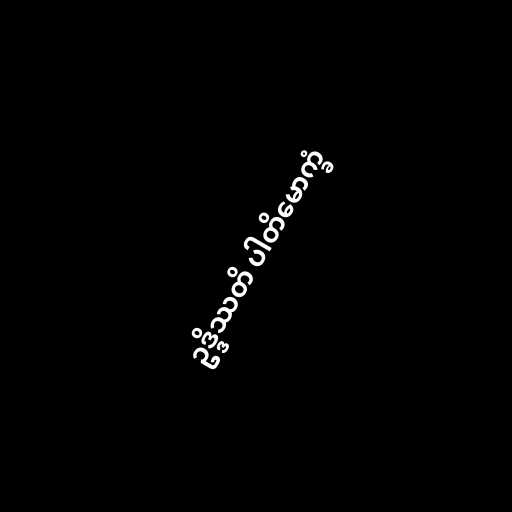
ဥဒ္ဒိဿတိ ပါတိမောက္ခံ